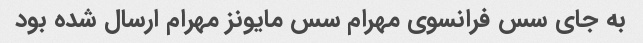
به جای سس فرانسوی مهرام سس مایونز مهرام ارسال شده بود